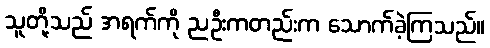
သူတို့သည် အရက်ကို ညဦးကတည်းက သောက်ခဲ့ကြသည်။